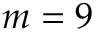
m = 9